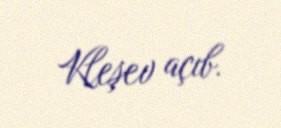
Kleşev açıb.